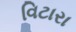
વિટારા